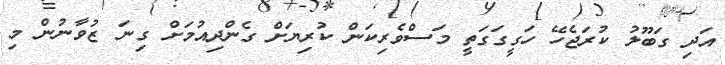
އަދި ގަބޫލު ކުރަޖެހޭ ހަގީގަގަތީ މަސްވެރިކަން ކުރިޔަށް ގެންދިއުމަށް ގިނަ ޒުވާނުން މި